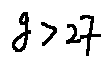
g > 2 7